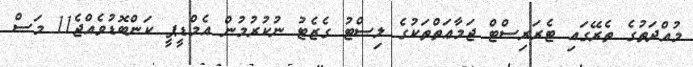
މުއްދަތުގެ ތެރޭގައި ޓެރަރިސްޓް ޖަމާޢަތްތަކުގެ ލިސްޓު ގެޒެޓު ނުކުރުމުން އެމްޑީޕީ ކަންބޮޑުވެއްޖެ11 މަސް